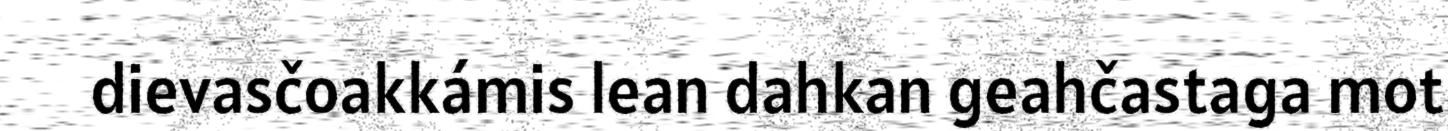
dievasčoakkámis lean dahkan geahčastaga mot